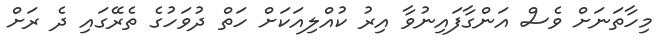
މިހާތަނަށް ވެސް އަންގާފައިނުވާ އިރު ކުއްލިއަކަށް ހަތް ދުވަހުގެ ތެރޭގައި ދެ ރަށް